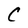
Character: C